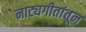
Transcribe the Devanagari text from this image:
नाट्यगीतांतून